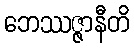
ဘေဿဇ္ဇာနီတိ